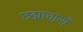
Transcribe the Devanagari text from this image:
छद्माचार्यों